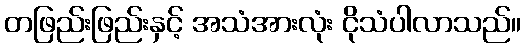
တဖြည်းဖြည်းနှင့် အသံအားလုံး ငိုသံပါလာသည်။